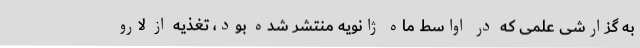
به گزارشی علمی که در اواسط ماه ژانویه منتشر شده بود، تغذیه از لارو